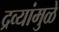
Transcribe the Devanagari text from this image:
द्रव्यांमुळे